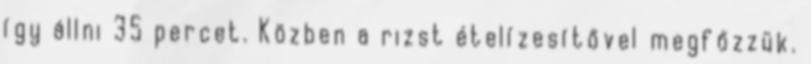
így állni 35 percet. Közben a rizst ételízesítővel megfőzzük.